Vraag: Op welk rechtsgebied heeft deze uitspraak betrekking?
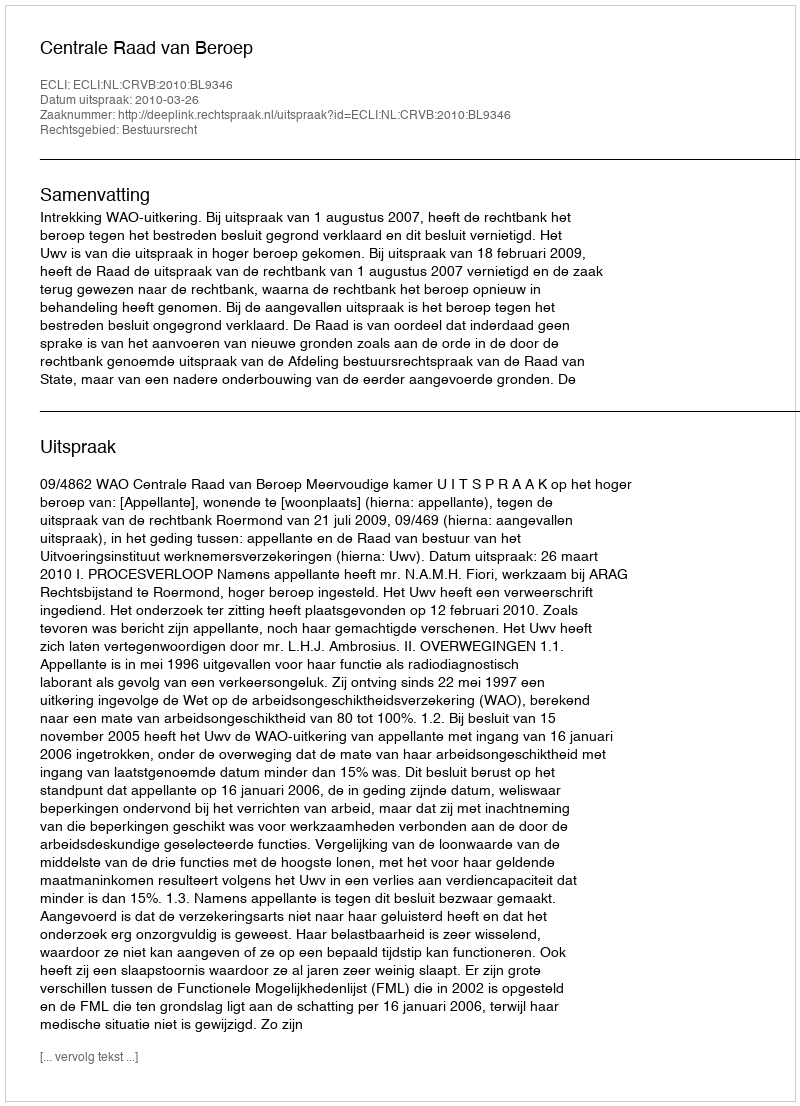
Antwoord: Bestuursrecht